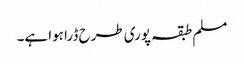
مسلم طبقہ پوری طرح ڈرا ہوا ہے۔